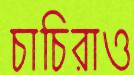
চাচিরাও